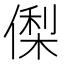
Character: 𬿘